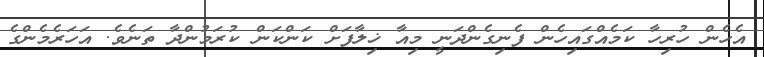
އެހެން ހުރިހާ ކަމެއްގައިހެން ފެނިގެންދަނީ މިއާ ޚިލާފަށް ކަންކަން ކުރަމުންދާ ތަނެވެ. އަހަރެމެންގެ